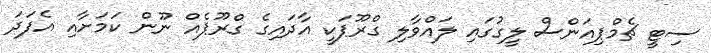
ސިޓީ ޗެމްޕިއަންސް ލީގުގައި ލައްވާލި ގްރޫޕަކީ އާދައިގެ ގްރޫޕެއް ނޫން ކަމަށާއި އެފަދަ